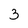
Character: 3